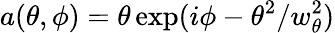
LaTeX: a(\theta,\phi)=\theta\exp(i\phi-\theta^{2}/w_{\theta}^{2})